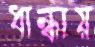
ধান্ধায়